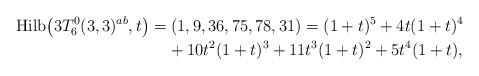
\begin{gather*}{\rm Hilb}\big(3T_6^{0}(3,3)^{ab},t\big)=(1,9,36,75,78,31)=(1+t)^5+4t(1+t)^4\\\hphantom{{\rm Hilb}\big(3T_6^{0}(3,3)^{ab},t\big)=}{}+10t^{2}(1+t)^3+11t^{3}(1+t)^2+5t^{4}(1+t),\end{gather*}